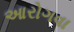
આરોગવા